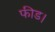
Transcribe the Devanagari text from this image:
फीड।